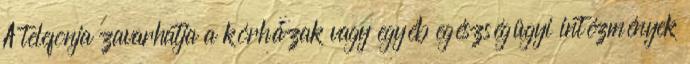
A telefonja zavarhatja a kórházak vagy egyéb egészségügyi intézmények